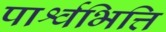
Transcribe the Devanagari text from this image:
पार्श्वभित्ति